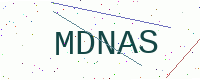
Text: MDNAS